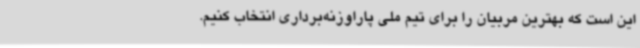
این است که بهترین مربیان را برای تیم ملی پاراوزنه‌برداری انتخاب کنیم.